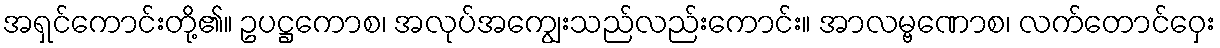
အရှင်ကောင်းတို့၏။ ဥပဋ္ဌကောစ၊ အလုပ်အကျွေးသည်လည်းကောင်း။ အာလမ္ဗဏောစ၊ လက်တောင်ဝှေး